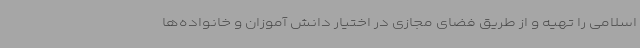
اسلامی را تهیه و از طریق فضای مجازی در اختیار دانش آموزان و خانواده‌ها